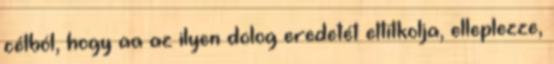
célból, hogy aa az ilyen dolog eredetét eltitkolja, elleplezze,